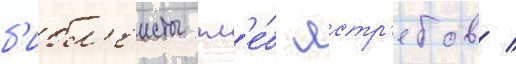
б'ибл'еисты гл'е́б ястр'ебов /